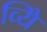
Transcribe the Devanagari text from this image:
व्यिे